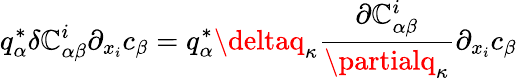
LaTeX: q_{\alpha}^{*}\delta\mathbb{C}_{\alpha\beta}^{i}\partial_{x_{i}}c_{\beta}=q_{\alpha}^{*}\deltaq_{\kappa}\frac{{\partial\mathbb{C}_{\alpha\beta}^{i}}}{{\partialq_{\kappa}}}\partial_{x_{i}}c_{\beta}